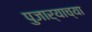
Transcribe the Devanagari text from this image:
पुजार्‍याच्या